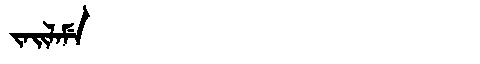
Manchu: ᠵᠠᡳᠯᠠᠮᡝ
Romanization: JAILAME